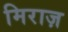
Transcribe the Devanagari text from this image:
मिराज़